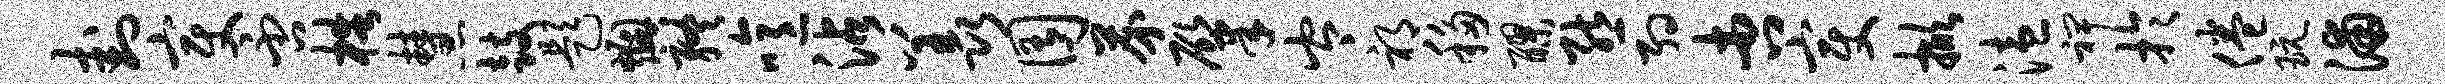
卦变否梏慧鼓题燠终噫沾羡囿芥肇岑祁移醪熊约杏变掀溘裨于倦玩浦